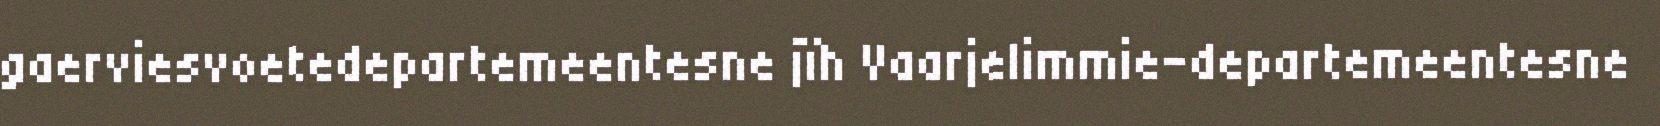
gaerviesvoetedepartemeentesne jïh Vaarjelimmie-departemeentesne